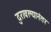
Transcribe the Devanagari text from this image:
दुरावल्यानंतर